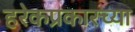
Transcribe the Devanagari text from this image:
हरेकप्रकारच्या